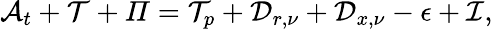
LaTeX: \mathcal{A}_{t}+\mathcal{T}+\mathit{\Pi}=\mathcal{T}_{p}+\mathcal{D}_{r,\nu}+\mathcal{D}_{x,\nu}-\mathcal{\epsilon}+\mathcal{I},